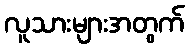
လူသားများအတွက်